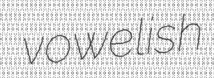
vowelish